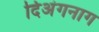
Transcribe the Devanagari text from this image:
दिअंगनाग